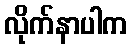
လိုက်နာပါက